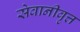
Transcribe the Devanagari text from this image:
सेवानीवृत्त